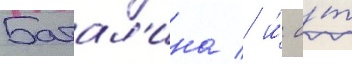
Батал'ина / и́ о́т